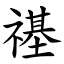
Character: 禥